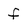
Character: f